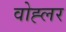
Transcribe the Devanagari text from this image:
वोह्लर